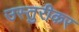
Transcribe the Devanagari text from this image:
उस्तुरीकर